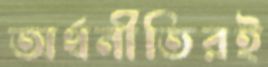
অর্থনীতিরই